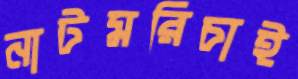
নাটমরিচাই